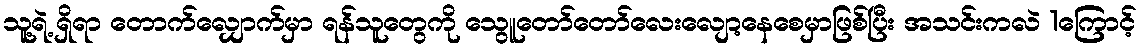
သူ့ရဲ့ ရှိရာ တောက်လျှောက်မှာ ရန်သူတွေကို သွေူတော်တော်လေးလျော့နေစေမှာဖြစ်ပြီး အသင်းကလဲ 1ကြောင့်